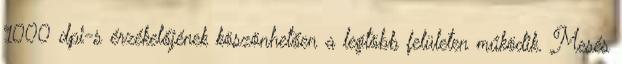
1000 dpi-s érzékelőjének köszönhetően a legtöbb felületen működik. Mesés